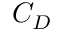
C _ { D }